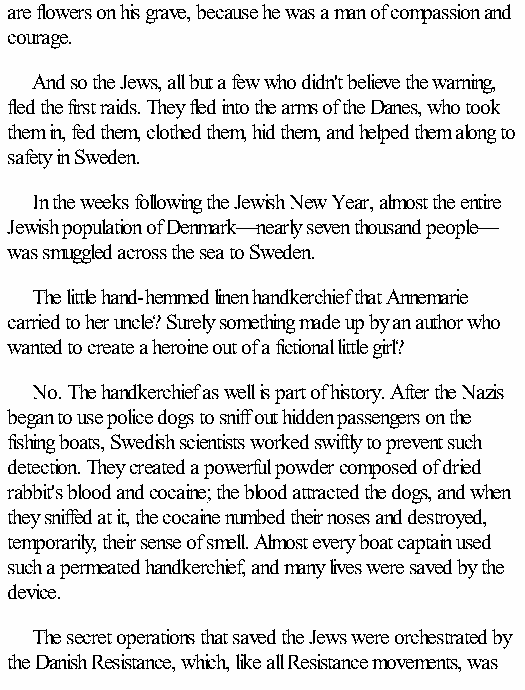
are flowers on his grave, because he was a man of compassion and
 courage.
 And so the Jews, all but a few who didn't believe the warning,
 fled the first raids. They fled into the arms of the Danes, who took
 them in, fed them, clothed them, hid them, and helped them along to
 safety in Sweden.
 In the weeks following the Jewish New Year, almost the entire
 Jewish population of Denmark—nearly seven thousand people—
 was smuggled across the sea to Sweden.
 The little hand-hemmed linen handkerchief that Annemarie
 carried to her uncle? Surely something made up by an author who
 wanted to create a heroine out of a fictional little girl?
 No. The handkerchief as well is part of history. After the Nazis
 began to use police dogs to sniff out hidden passengers on the
 fishing boats, Swedish scientists worked swiftly to prevent such
 detection. They created a powerful powder composed of dried
 rabbit's blood and cocaine; the blood attracted the dogs, and when
 they sniffed at it, the cocaine numbed their noses and destroyed,
 temporarily, their sense of smell. Almost every boat captain used
 such a permeated handkerchief, and many lives were saved by the
 device.
 The secret operations that saved the Jews were orchestrated by
 the Danish Resistance, which, like all Resistance movements, was